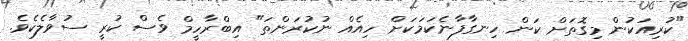
"ކުރިއަކުން މިގޮތަށް ކަން ހިނގާފާނެކަމަކަށް ހިއެއް ނުކުރަންތަ" އިބްރާހީމް ވެސް ކުރީ ސުވާލެކެވެ.